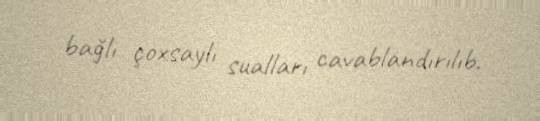
bağlı çoxsaylı sualları cavablandırılıb.